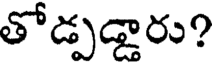
తోడ్పడ్డారు?